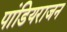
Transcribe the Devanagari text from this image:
पांडियराजन